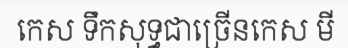
កេស ទឹកសុទ្ធជាច្រើនកេស មី